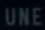
UNE